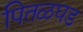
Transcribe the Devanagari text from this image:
पितळघड